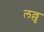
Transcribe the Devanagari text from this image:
लल्लु